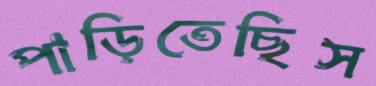
পাড়িতেছিস